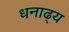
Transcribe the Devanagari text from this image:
धनाढ्‍य